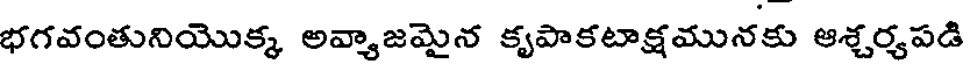
భగవంతునియొక్క అవ్యాజమైన కృపాకటాక్షమునకు ఆశ్చర్యపడి